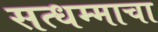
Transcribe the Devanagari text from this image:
सत्धम्माचा